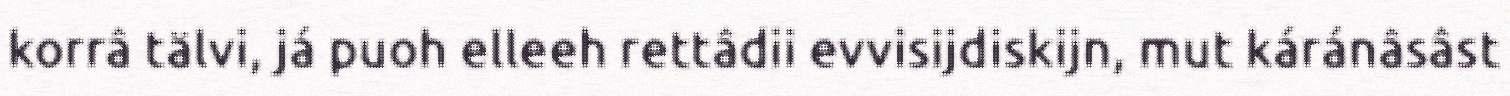
korrâ tälvi, já puoh elleeh rettâdii evvisijdiskijn, mut káránâsâst